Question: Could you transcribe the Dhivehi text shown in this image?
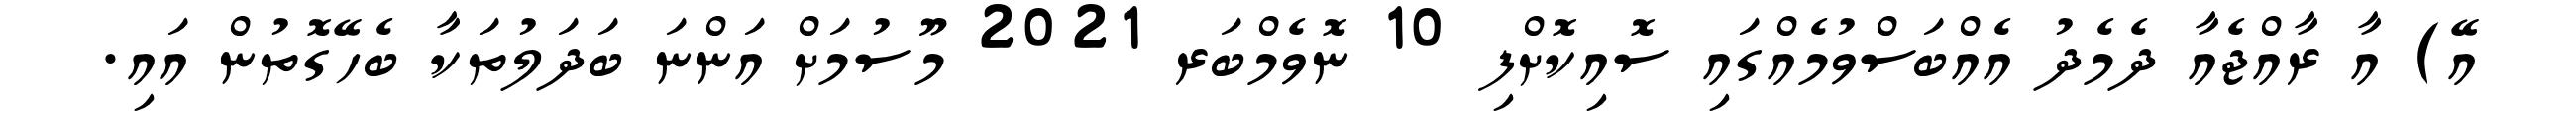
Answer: އޭ) އާ ރާއްޖެއާ ދެމެދު އެއްބަސްވުމެއްގައި ސޮއިކޮށްފި 10 ނޮވެމްބަރ 2021 މޫސުމަށް އަންނަ ބަދަލުތަކާ ބެހޭގޮތުން އައި.